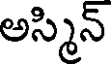
అస్మిన్